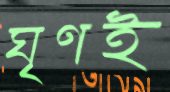
ঘৃণই